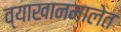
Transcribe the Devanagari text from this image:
व्याखानमालेत